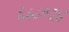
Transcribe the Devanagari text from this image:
६८८१२४